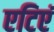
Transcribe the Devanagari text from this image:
एटिएं